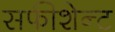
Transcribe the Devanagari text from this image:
सफीशेन्ट